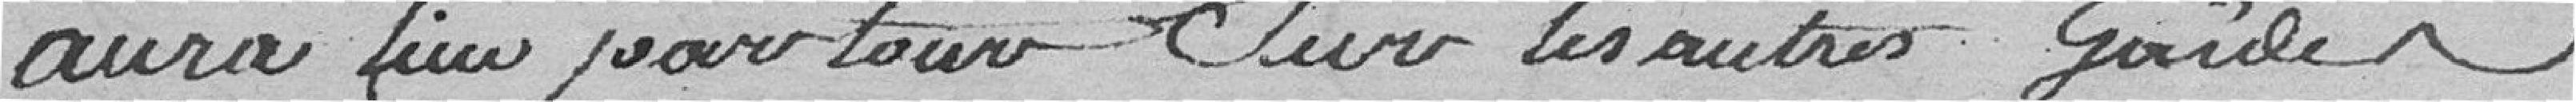
aura lieu pour tous sur les autres gardes